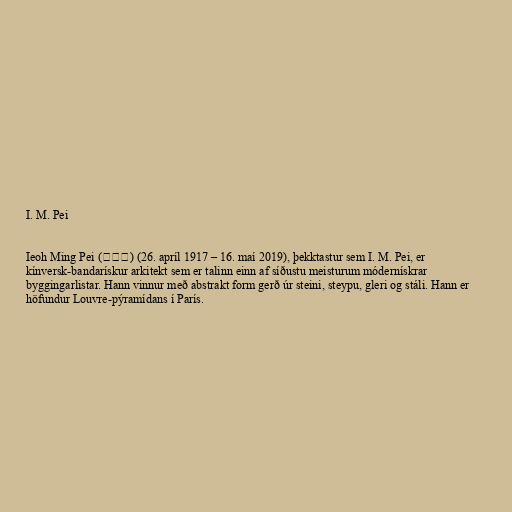
I. M. Pei

Ieoh Ming Pei (貝聿銘) (26. apríl 1917 – 16. maí 2019), þekktastur sem I. M. Pei, er
kínversk-bandarískur arkitekt sem er talinn einn af síðustu meisturum módernískrar
byggingarlistar. Hann vinnur með abstrakt form gerð úr steini, steypu, gleri og stáli. Hann er
höfundur Louvre-pýramídans í París.